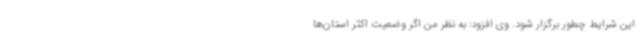
این شرایط چطور برگزار شود. وی افزود: به نظر من اگر وضعیت اکثر استان‌ها